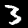
Label: 3